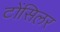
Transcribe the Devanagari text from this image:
टोंसिलर